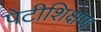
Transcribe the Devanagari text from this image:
पेटीशिक्षण